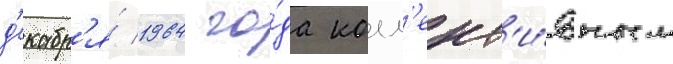
д'екабр'я́ 1964 го́да колл'ект'и́вным